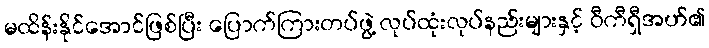
မထိန်းနိုင်အောင်ဖြစ်ပြီး ပြောက်ကြားတပ်ဖွဲ့ လုပ်ထုံးလုပ်နည်းများနှင့် ဝီကီရှီအဟ်၏